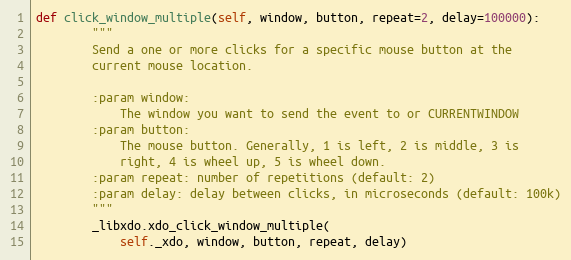
Language: Python
def click_window_multiple(self, window, button, repeat=2, delay=100000):
        """
        Send a one or more clicks for a specific mouse button at the
        current mouse location.

        :param window:
            The window you want to send the event to or CURRENTWINDOW
        :param button:
            The mouse button. Generally, 1 is left, 2 is middle, 3 is
            right, 4 is wheel up, 5 is wheel down.
        :param repeat: number of repetitions (default: 2)
        :param delay: delay between clicks, in microseconds (default: 100k)
        """
        _libxdo.xdo_click_window_multiple(
            self._xdo, window, button, repeat, delay)